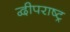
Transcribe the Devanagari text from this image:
द्वीपराष्ट्र